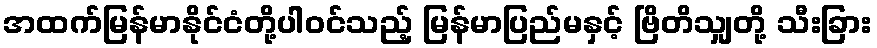
အထက်မြန်မာနိုင်ငံတို့ပါဝင်သည့် မြန်မာပြည်မနှင့် ဗြိတိသျှတို့ သီးခြား